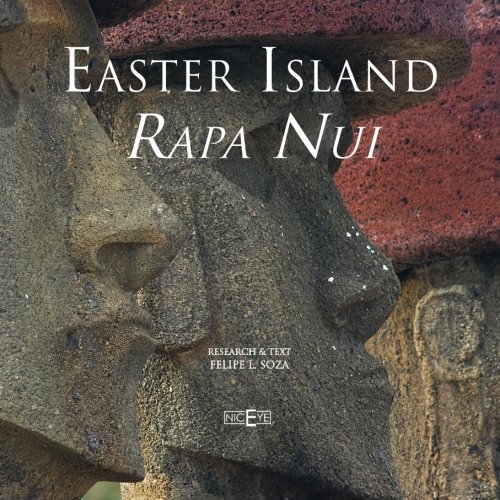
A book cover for Easter Island: Rapa Nui; Felipe L. Soza; Travel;